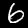
Digit: 6